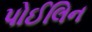
પોઈલિન